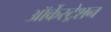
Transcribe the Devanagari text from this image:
ऑर्केस्ट्रेशन